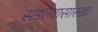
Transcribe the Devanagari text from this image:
सडल्यासारखा